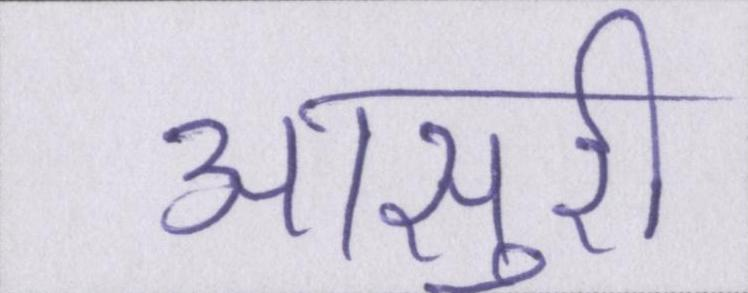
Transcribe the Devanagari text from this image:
आसुरी